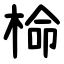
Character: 椧